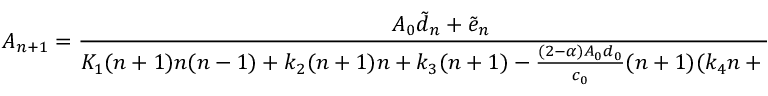
A _ { n + 1 } = \frac { A _ { 0 } \tilde { d } _ { n } + \tilde { e } _ { n } } { K _ { 1 } ( n + 1 ) n ( n - 1 ) + k _ { 2 } ( n + 1 ) n + k _ { 3 } ( n + 1 ) - \frac { ( 2 - \alpha ) A _ { 0 } d _ { 0 } } { c _ { 0 } } ( n + 1 ) ( k _ { 4 } n + k 5 ) } ~ , ~ n \geq 2 ,